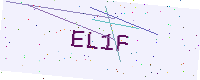
Text: EL1F